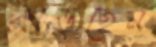
কাড়ছেন